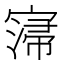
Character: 𡩻